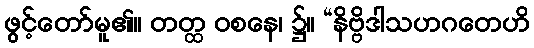
ဖွင့်တော်မူ၏။ တတ္ထ ဝစနေ၊ ၌။ “နိဗ္ဗိဒါသဟဂတေဟိ